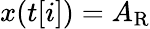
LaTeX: x(t[i])=A_{\mathrm{R}}